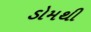
ડોમથી